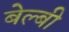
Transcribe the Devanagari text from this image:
बेल्बी